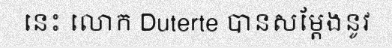
នេះ លោក Duterte បានសម្តែងនូវ